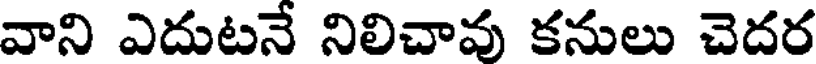
వాని ఎదుటనే నిలిచావు కనులు చెదర